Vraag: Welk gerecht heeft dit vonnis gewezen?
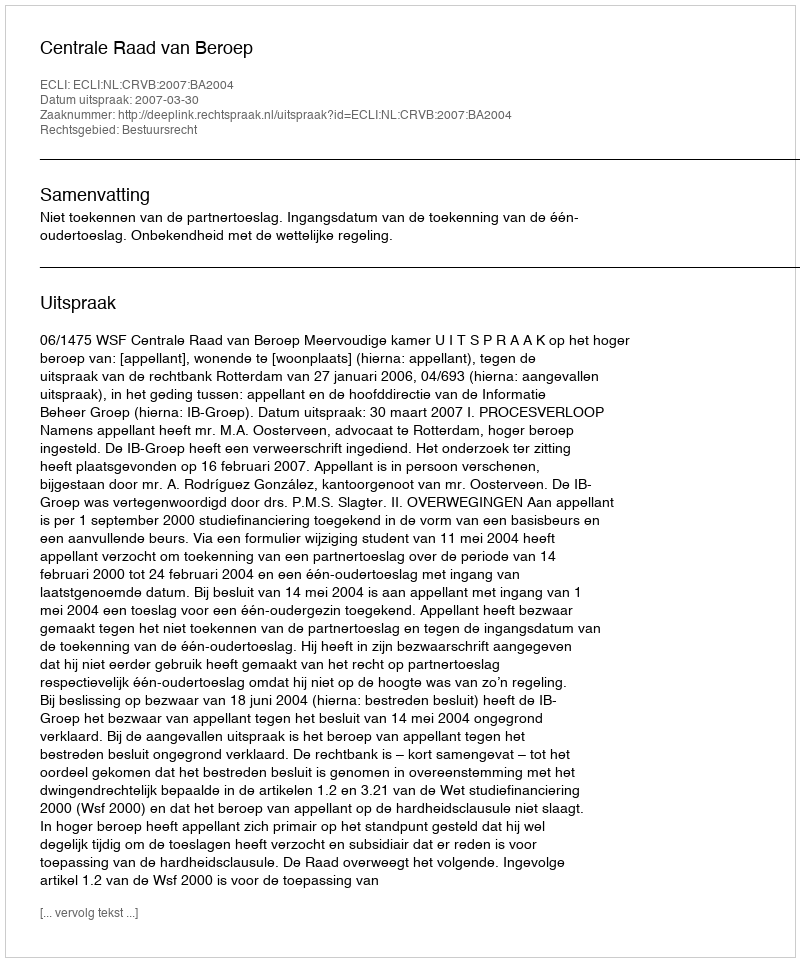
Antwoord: Centrale Raad van Beroep